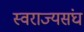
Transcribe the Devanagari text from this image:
स्वराज्यसंघ